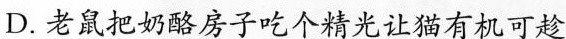
D.老鼠把奶酪房子吃个精光让猫有机可趁